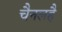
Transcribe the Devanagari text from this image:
चैनलहै